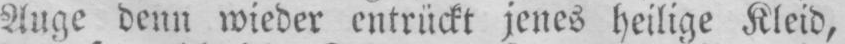
Auge denn wieder entrückt jenes heilige Kleid,